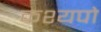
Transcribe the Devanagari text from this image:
कश्यपो